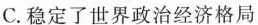
C.稳定了世界政治经济格局